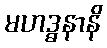
မဟဒ္ဓနာနိ